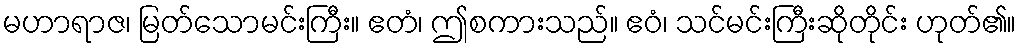
မဟာရာဇ၊ မြတ်သောမင်းကြီး။ ဧတံ၊ ဤစကားသည်။ ဧဝံ၊ သင်မင်းကြီးဆိုတိုင်း ဟုတ်၏။